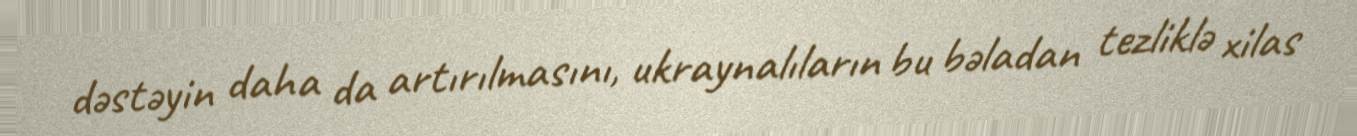
dəstəyin daha da artırılmasını, ukraynalıların bu bəladan tezliklə xilas